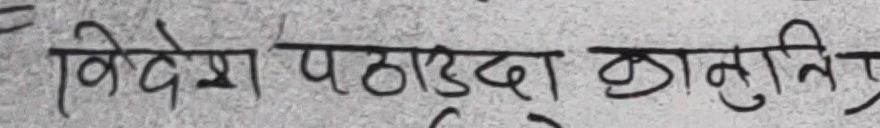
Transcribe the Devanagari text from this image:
विदेश पठाउँदा कानुनि